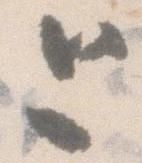
と